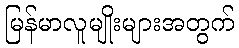
မြန်မာလူမျိုးများအတွက်